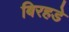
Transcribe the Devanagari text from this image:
बिरहडे